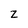
Character: z